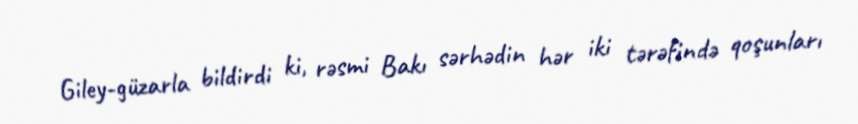
Giley-güzarla bildirdi ki, rəsmi Bakı sərhədin hər iki tərəfində qoşunları